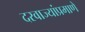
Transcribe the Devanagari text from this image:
दरवाज्यांप्रमाणे